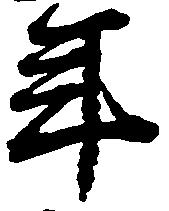
年